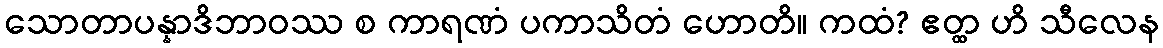
သောတာပန္နာဒိဘာဝဿ စ ကာရဏံ ပကာသိတံ ဟောတိ။ ကထံ? ဧတ္ထ ဟိ သီလေန